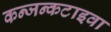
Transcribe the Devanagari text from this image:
कन्जन्कटाइवा